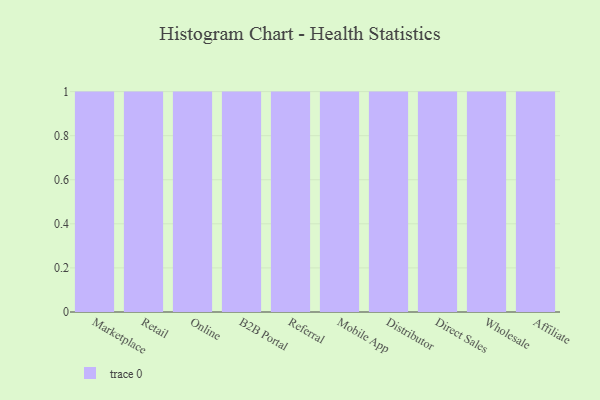
{"axis": {"x": "Channel", "y": "Conversion Rate (%)"}, "legend": [""], "data": [{"x": "Marketplace", "y": 98, "type": ""}, {"x": "Retail", "y": 4, "type": ""}, {"x": "Online", "y": 69, "type": ""}, {"x": "B2B Portal", "y": 70, "type": ""}, {"x": "Referral", "y": 100, "type": ""}, {"x": "Mobile App", "y": 77, "type": ""}, {"x": "Distributor", "y": 50, "type": ""}, {"x": "Direct Sales", "y": 90, "type": ""}, {"x": "Wholesale", "y": 29, "type": ""}, {"x": "Affiliate", "y": 51, "type": ""}]}